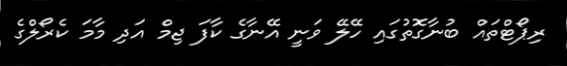
ރިޕޯޓްތައް ބުނާގޮތުގައި ހޭލޭ ވަނީ އޭނާގެ ކާފަ ޖިމް އަދި މާމަ ކެރޯލްގެ